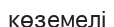
көземелі